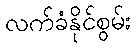
လက်ခံနိုင်စွမ်း